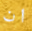
ان